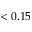
< 0 . 1 5